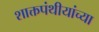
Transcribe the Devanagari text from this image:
शाक्तपंथीयांच्या